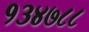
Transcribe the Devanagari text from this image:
१३४७८८